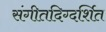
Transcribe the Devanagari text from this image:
संगीतदिग्दर्शित